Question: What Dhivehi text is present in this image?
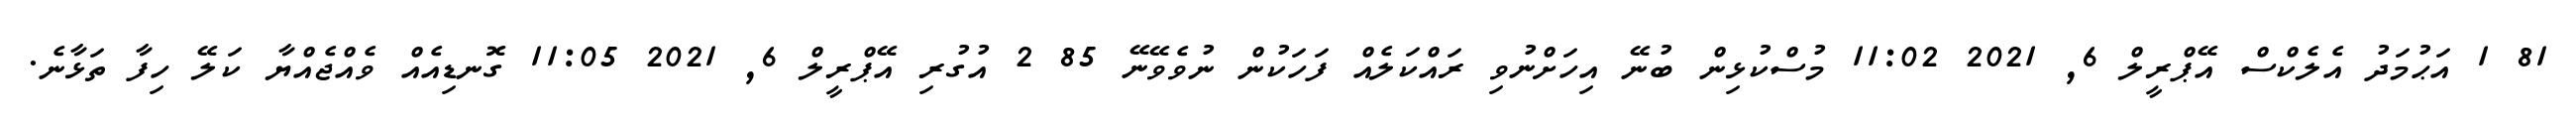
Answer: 81 1 އަޙުމަދު އެލެކްސް އޭޕްރީލް 6, 2021 11:02 މުސްކުޅިން ބުނޭ އިހަށްނުވި ރައްކަލެއް ފަހަކުން ނުވެވޭނޭ 85 2 އުގުރި އޭޕްރީލް 6, 2021 11:05 ގޮނޑިއެއް ވެއްޖެއްޔާ ކަލޭ ހިފާ ތަޅާނެ.